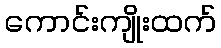
ကောင်းကျိုးထက်